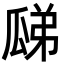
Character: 𤫼